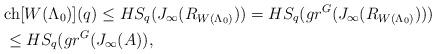
LaTeX: \begin{align*} &{\rm ch}[W(\Lambda_0)](q) \leq HS_{q}(J_{\infty}(R_{W(\Lambda_0)}))= HS_{q}(gr^{G}(J_{\infty}(R_{W(\Lambda_0)})))\\&\leq HS_{q}(gr^{G}(J_{\infty}(A)),\end{align*}